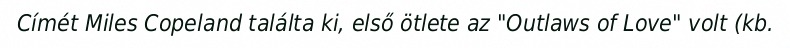
Címét Miles Copeland találta ki, első ötlete az "Outlaws of Love" volt (kb.